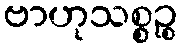
ဗာဟုသစ္စဉ္စ